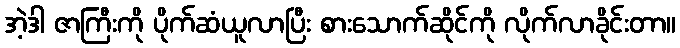
အဲ့ဒါ ဇာကြီးကို ပိုက်ဆံယူလာပြီး စားသောက်ဆိုင်ကို လိုက်လာခိုင်းတာ။